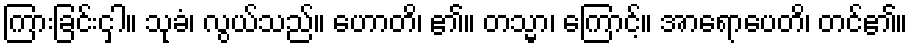
ကြားခြင်းငှါ။ သုခံ၊ လွယ်သည်။ ဟောတိ၊ ၏။ တသ္မာ၊ ကြောင့်။ အာရောပေတိ၊ တင်၏။